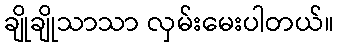
ချိုချိုသာသာ လှမ်းမေးပါတယ်။